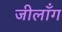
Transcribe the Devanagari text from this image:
जीलाँग